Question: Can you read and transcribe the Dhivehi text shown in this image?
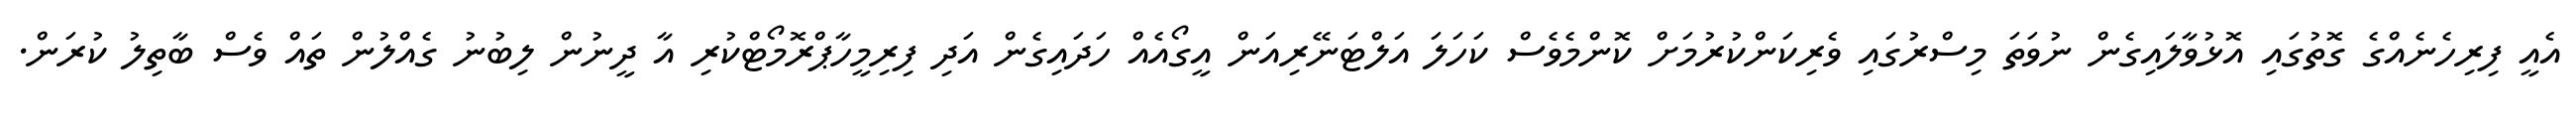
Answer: އެއީ ފިރިހެނެއްގެ ގޮތުގައި އޮޅުވާލައިގެން ނުވަތަ މިސްރުގައި ވެރިކަންކުރުމަށް ކޮންމެވެސް ކަހަލަ އަލްޓަނޭރިއަން އީގޯއެއް ހަދައިގެން އަދި ފިރިމީހާޕްރޮމޯޓްކުރި އާ ދީނުން ލިބުނު ގެއްލުން ތައް ވެސް ބާތިލު ކުރަން.